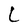
Character: L